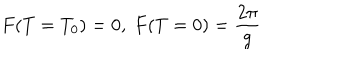
LaTeX: F ( T = T _ { 0 } ) = 0 , \ F ( T = 0 ) = \frac { 2 \pi } { g }